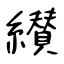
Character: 纉